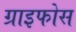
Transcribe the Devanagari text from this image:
ग्राइफोस